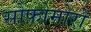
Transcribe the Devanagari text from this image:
सोफ़ोमोरों